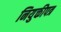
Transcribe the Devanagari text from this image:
नियुक्तीपत्र